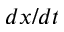
d x / d t